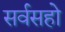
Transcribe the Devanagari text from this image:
सर्वसहो